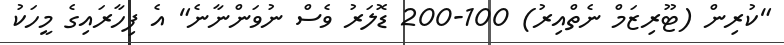
"ކުރިން (ޓޫރިޒަމް ނެތްއިރު) 100-200 ޑޮލަރު ވެސް ނުވަންނާނެ" އެ ފިހާރައިގެ މީހަކު